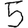
Digit: 5